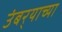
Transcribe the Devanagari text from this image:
उंबर्‍याच्या